Eesti_Evangeeliumi_Luteri_Usu_Konsistoorium, lk 5
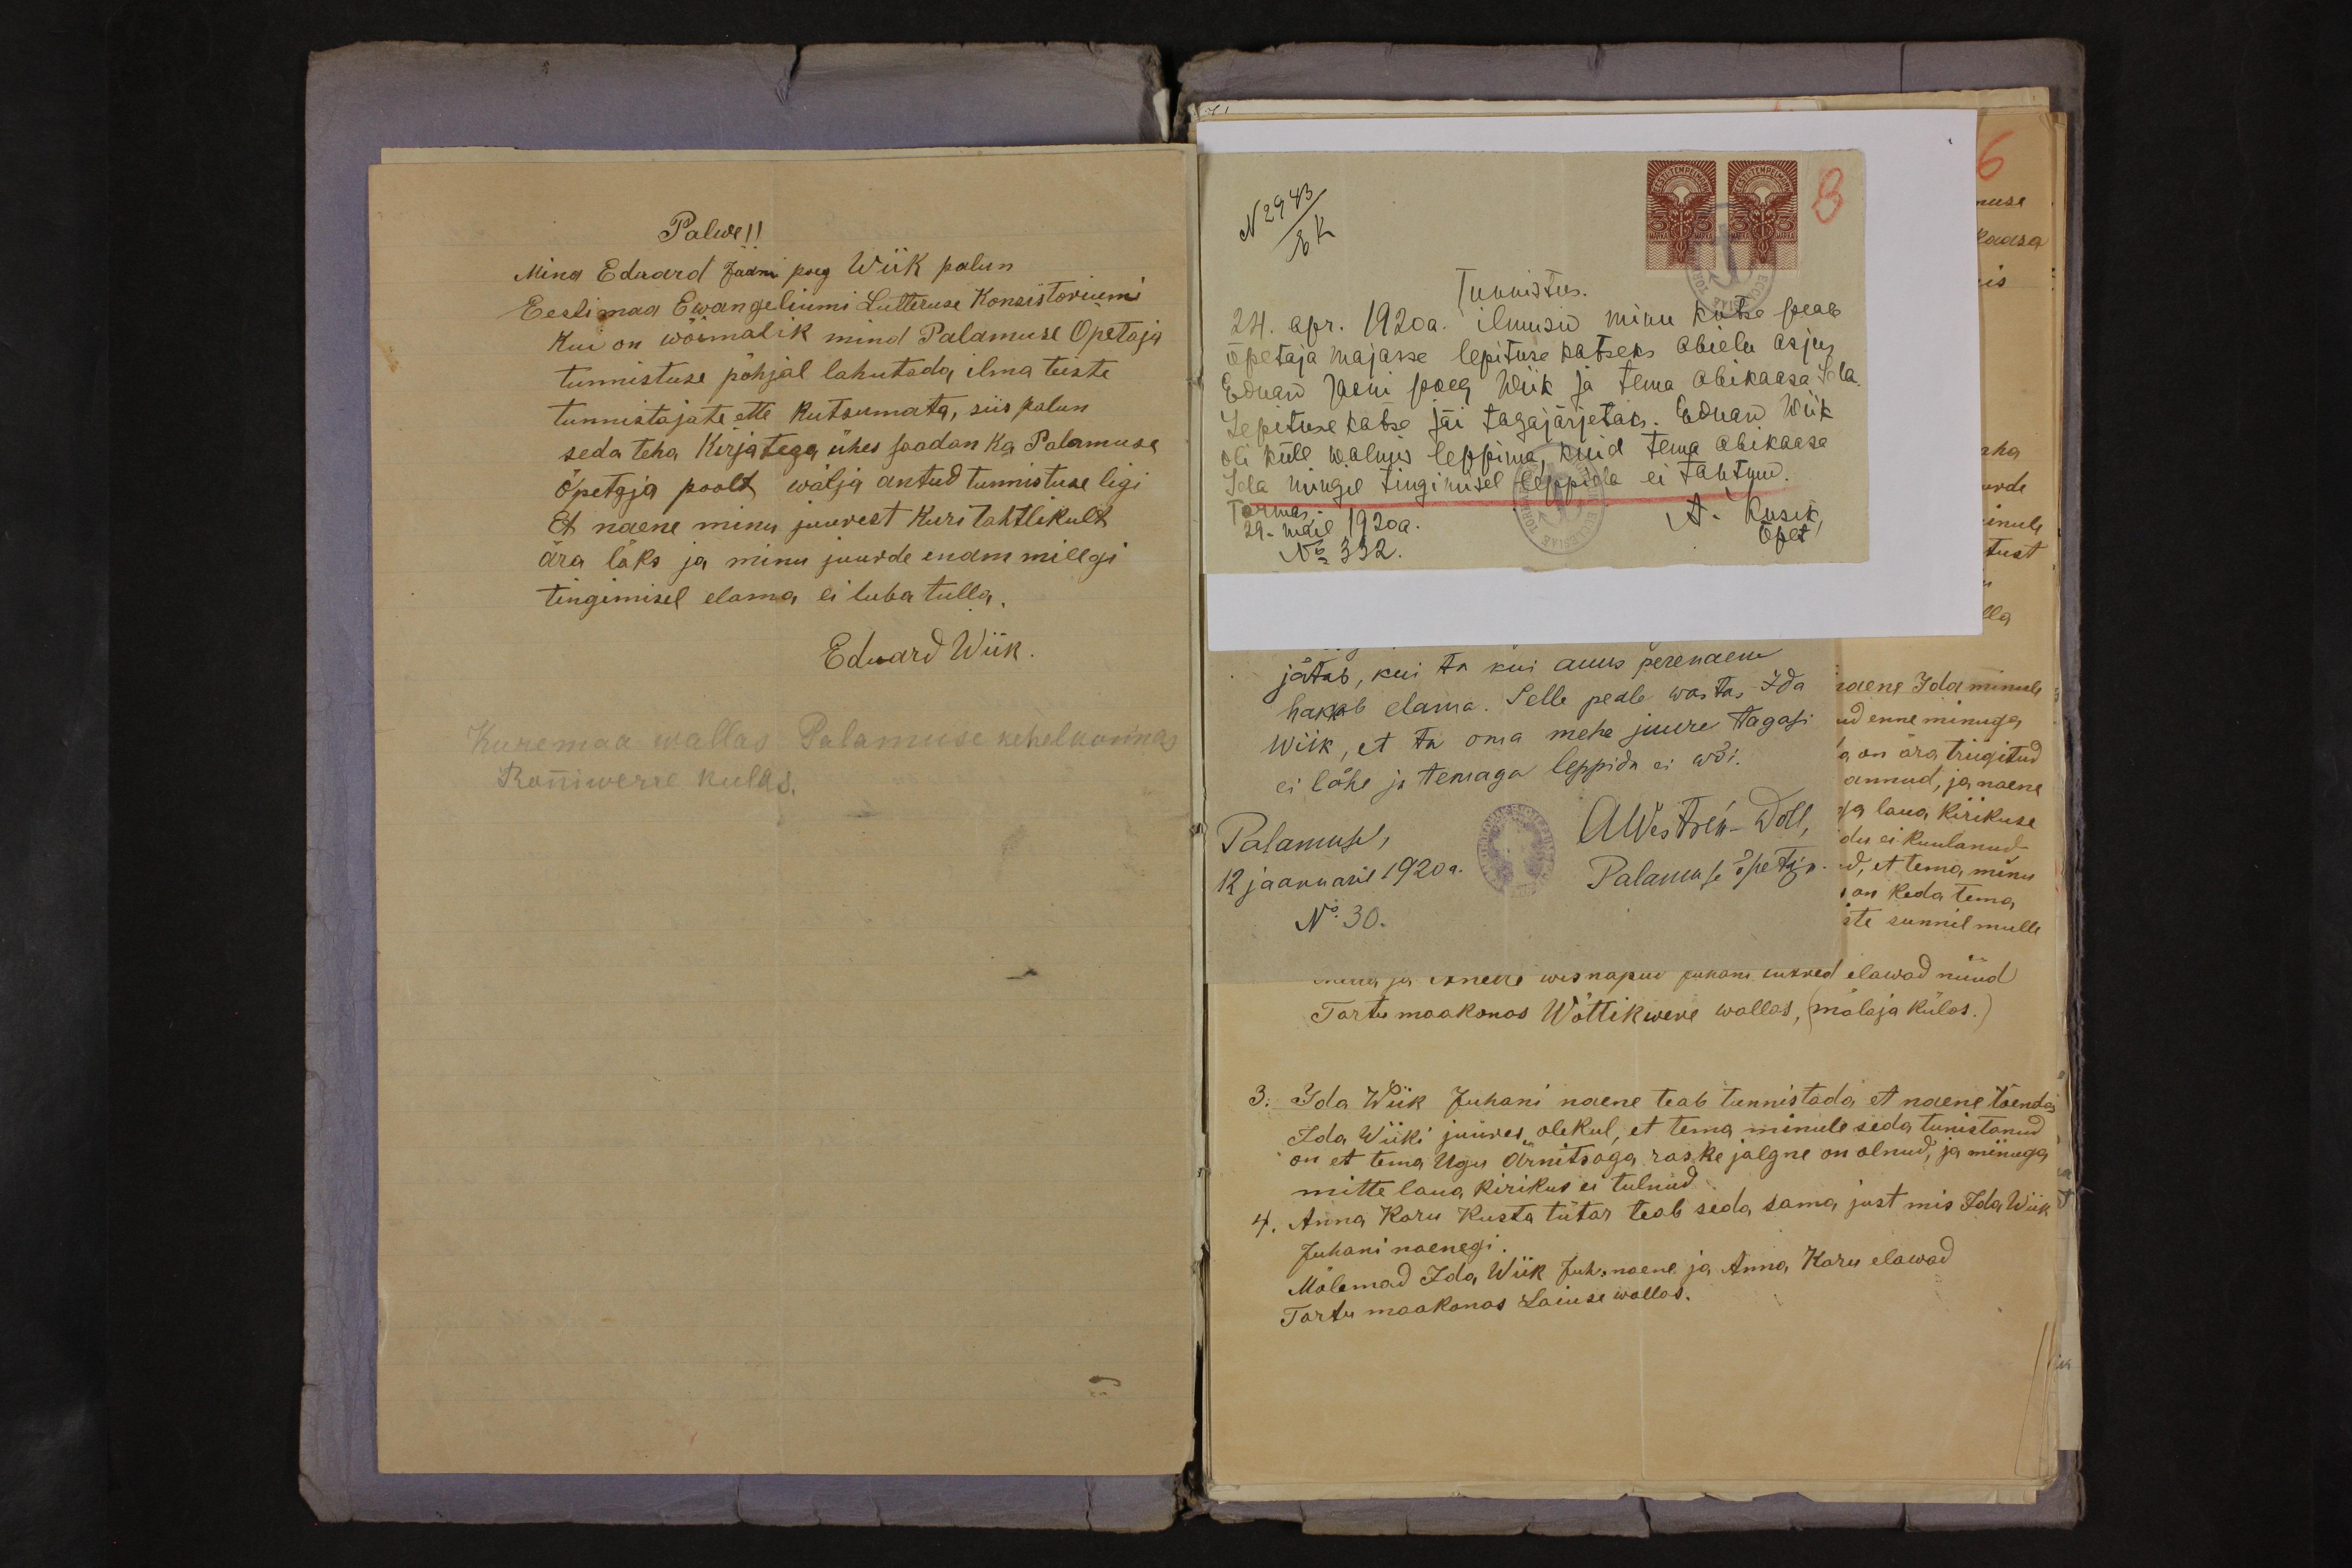
Palwe !!
Mina Eduard Jaani poeg Wiik palun
Eesti maa Ewangeliumi Lutteruse Konsistoriumi
kui on wõimalik mind Palamuse Õpetaja
tunnistuse põhjal lahutada ilma teiste
tunnistajate ette kutsumata, siis palun
seda teha kirjatega ühes saadan ka Palamuse
Õpetaja poolt wälja antud tunnistuse ligi
Et naene minu juurest kuri tahtlikult
ära läks ja minu juurde enam millgi
tingimisel elama ei luba tulla.
Eduard Wiik.
Kuremaa wallas Palamuse kehelkonnas
Ronniwerre kulas.

N 2943
E K
Tunnistus.
24. apr. 1920a. ilmusid minu kutse peale
õpetaja majasse lepituse katseks abielu asjus
Eduard Jaani poeg Wiik ja tema abikaasa Ida
Lepituse katse jäi tagajärjetaks. Eduard Wiik
oli küll walmis leppima, kuid tema abikaasa
Ida mingil tingimisel leppida ei tahtnud.
Tormas
A. Kusik
29. mail 1920a.
Õpet
Nr 332.